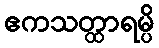
ဧကသတ္ထာရမ္ပိ